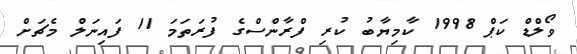
ވޯލްޑް ކަޕް 1998 ކާމިޔާބު ކުރި ފްރާންސްގެ ފުރަތަމަ 11 ފައިނަލް މެޗަށް